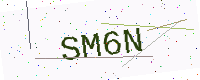
Text: SM6N